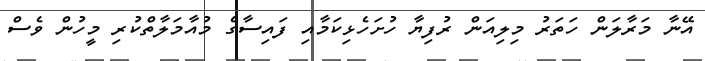
އޭނާ މަރާލަން ހަތަރު މިލިއަން ރުފިޔާ ހުށަހެޅިކަމާއި ފައިސާގެ މުއާމަލާތްކުރި މީހުން ވެސް